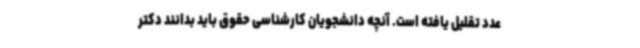
عدد تقلیل یافته است. آنچه دانشجویان کارشناسی حقوق باید بدانند دکتر